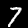
Label: 7